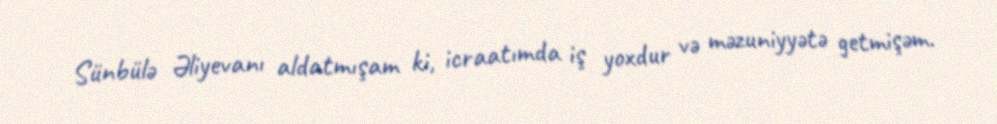
Sünbülə Əliyevanı aldatmışam ki, icraatımda iş yoxdur və məzuniyyətə getmişəm.